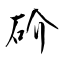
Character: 砎